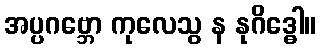
အပ္ပဂဗ္ဘော ကုလေသွ န နုဂိဒ္ဓေါ။